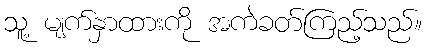
သူ့ မျက်နှာထားကို အကဲခတ်ကြည့်သည်။